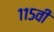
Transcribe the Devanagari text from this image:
११५वी